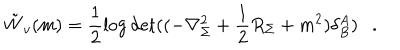
\tilde { W } _ { v } ( m ) = \frac 1 2 \log \det ( ( - \nabla _ { \Sigma } ^ { 2 } + \frac 1 2 R _ { \Sigma } + m ^ { 2 } ) \delta _ { B } ^ { A } ) .